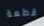
قطعة